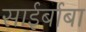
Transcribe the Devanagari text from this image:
साईर्बाबा